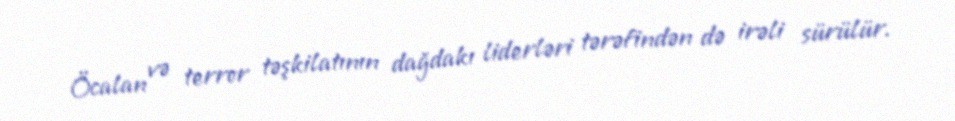
Öcalan və terror təşkilatının dağdakı liderləri tərəfindən də irəli sürülür.